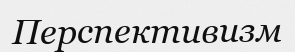
Перспективизм